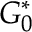
G _ { 0 } ^ { * }